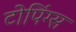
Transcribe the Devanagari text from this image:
टोपिंग्स